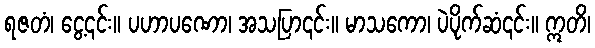
ရဇတံ၊ ငွေ့၎င်း။ ပဟာပဏော၊ အသပြာ၎င်း။ မာသကော၊ ပဲပိုက်ဆံ၎င်း။ ဣတိ၊